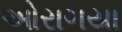
ઓરાગયા